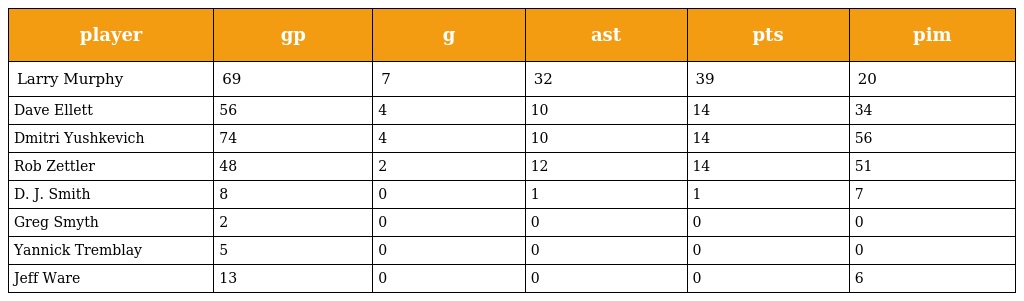
| player | gp | g | ast | pts | pim |
 | --- | --- | --- | --- | --- | --- |
 | Larry Murphy | 69 | 7 | 32 | 39 | 20 |
 | Dave Ellett | 56 | 4 | 10 | 14 | 34 |
 | Dmitri Yushkevich | 74 | 4 | 10 | 14 | 56 |
 | Rob Zettler | 48 | 2 | 12 | 14 | 51 |
 | D. J. Smith | 8 | 0 | 1 | 1 | 7 |
 | Greg Smyth | 2 | 0 | 0 | 0 | 0 |
 | Yannick Tremblay | 5 | 0 | 0 | 0 | 0 |
 | Jeff Ware | 13 | 0 | 0 | 0 | 6 |